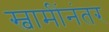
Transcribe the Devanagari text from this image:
स्वामींनंतर